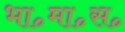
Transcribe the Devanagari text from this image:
भा॰मा॰स॰